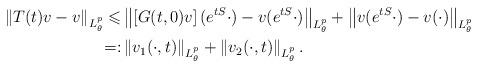
LaTeX: \begin{align*} \left\|T(t)v-v\right\|_{L^p_{\theta}} \leqslant &\left\|\left[G(t,0)v\right](e^{tS}\cdot)-v(e^{tS}\cdot)\right\|_{L^p_{\theta}}+\left\|v(e^{tS}\cdot)-v(\cdot)\right\|_{L^p_{\theta}} \\ =: &\left\|v_1(\cdot,t)\right\|_{L^p_{\theta}} + \left\|v_2(\cdot,t)\right\|_{L^p_{\theta}}. \end{align*}